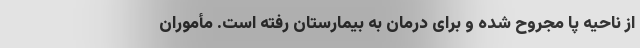
از ناحیه پا مجروح شده و برای درمان به بیمارستان رفته است. مأموران